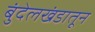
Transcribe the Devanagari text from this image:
बुंदेलखंडातून